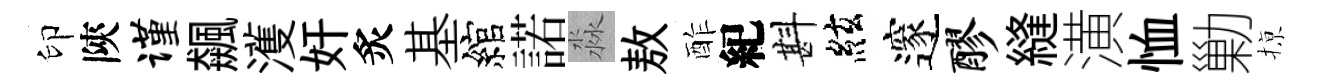
印陝谨飆濩奸炙基綰諾淼敖酢紀斟絃邃醪縫潢恤勦𢱊